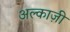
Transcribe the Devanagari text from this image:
अल्काज़ी